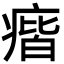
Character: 㾬